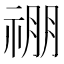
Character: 𬓃